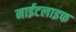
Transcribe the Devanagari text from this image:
नाईटलाइफ